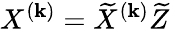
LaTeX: {X}^{(\mathbf{k})}=\widetilde{{X}}^{(\mathbf{k})}\widetilde{{Z}}